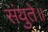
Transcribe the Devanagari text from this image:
संयुते॥